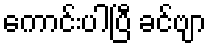
ကောင်းပါပြီ ခင်ဗျာ